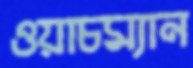
ওয়াচম্যান